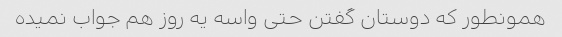
همونطور که دوستان گفتن حتی واسه یه روز هم جواب نمیده